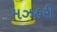
મઝહરી